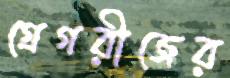
গ্রেগরীজের